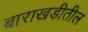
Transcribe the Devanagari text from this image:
बाराखडीतील